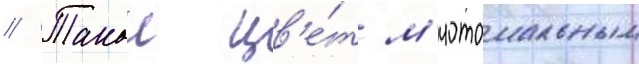
// Такои цв'е́т м'иотомальным